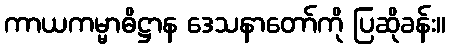
ကာယကမ္မာဓိဋ္ဌာန ဒေသနာတော်ကို ပြဆိုခန်း။